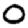
Digit: 0